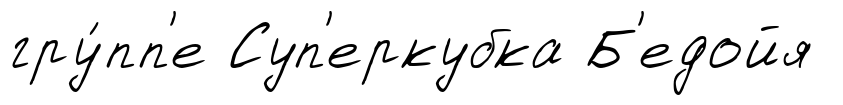
гру́пп'е Суп'еркубка Б'едойя